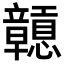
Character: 𥫒